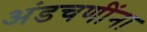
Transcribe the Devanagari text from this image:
अंडचणींना